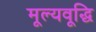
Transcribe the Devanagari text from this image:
मूल्यवूद्धि